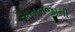
સામતજીની